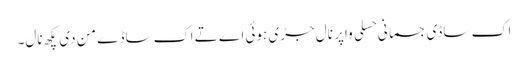
اک ساڈی جسمانی حسلی واپر نال جڑی ہوئی اے تے اک ساڈے من دی پکھ نال۔